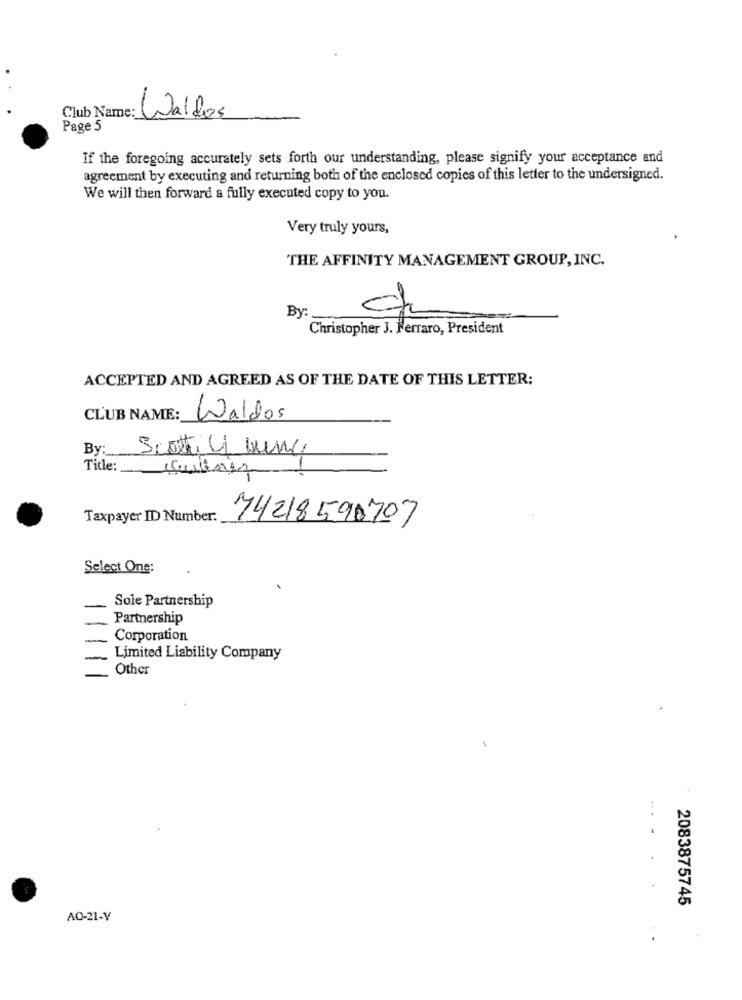
Club Name:
Waldos
Page 5
If the foregoing accurately sets forth our understanding, please signify your acceptance and
agreement by executing and returning both of the enclosed copies of this letter to the undersigned.
We will then forward a fully executed copy to you.
Very truly yours,
THE AFFINITY MANAGEMENT GROUP, INC.
By
Christopher J. Ferraro, President
ACCEPTED AND AGREED AS OF THE DATE OF THIS LETTER:
CLUB NAME:
Waldos
By:
Scott, 4 King
Title: cultores
Taxpayer ID Number:
74218590707
Select One:
Sole Partnership
Partnership
Corporation
Limited Liability Company
Other
2083875745
AO-21-V